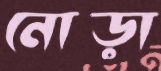
নোড়া